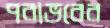
পরাভবের